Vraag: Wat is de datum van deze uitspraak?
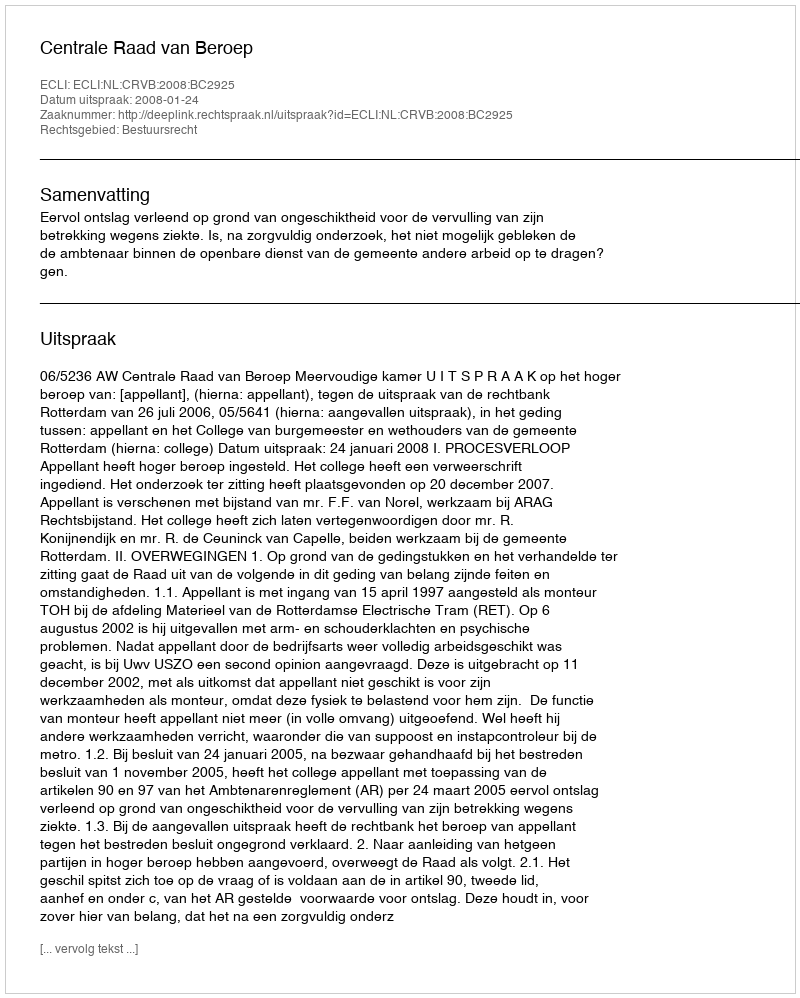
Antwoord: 2008-01-24